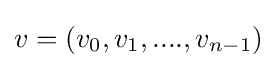
v=(v_{0},v_{1},....,v_{n-1})